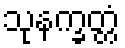
သုနက္ခတ္တံ